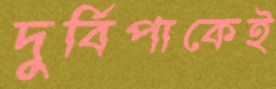
দুর্বিপাকেই